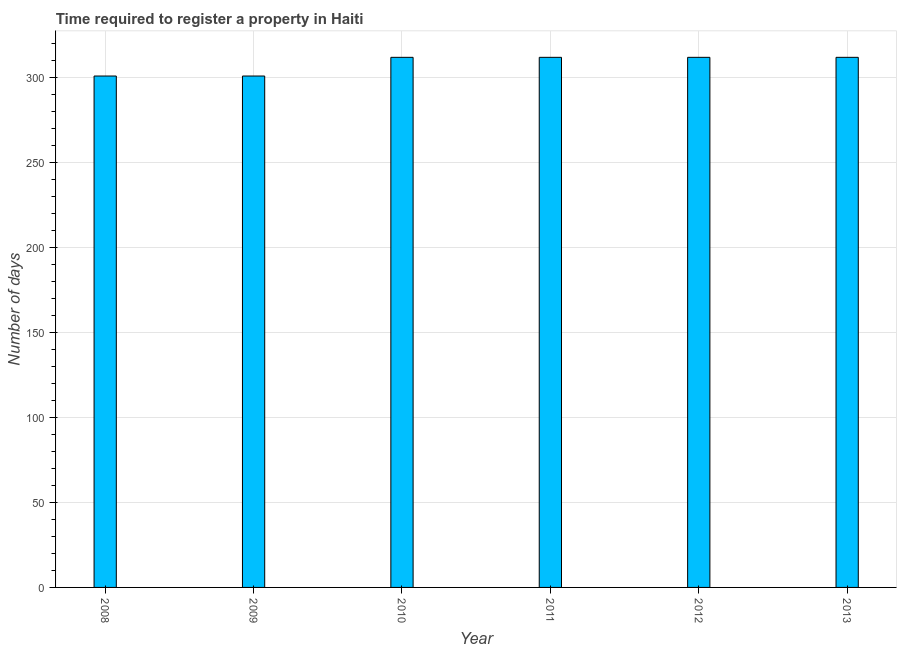
| Year | Register property |
 | --- | --- |
 | 2008 | 301 |
 | 2009 | 301 |
 | 2010 | 312 |
 | 2011 | 312 |
 | 2012 | 312 |
 | 2013 | 312 |